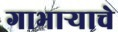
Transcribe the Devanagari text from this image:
गाभाऱ्याचे